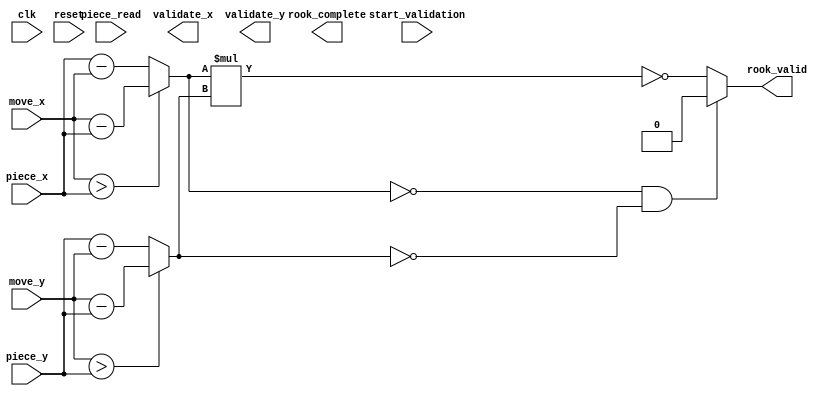
 module validator_rook (
  input clk,
  input start_validation,
  output reg rook_complete,
  input reset,
  // path info
  input [2:0] piece_x, piece_y,
  input [2:0] move_x, move_y,
  // memory access
  input [3:0] piece_read,

  output reg [2:0] validate_x, validate_y,
  output reg rook_valid // result
  );

  // memory access signal
  reg validate_path, start_path_check;
  wire path_validated;

  wire [2:0] x_dis, y_dis, product_dis, move_dir_is_x, distance;
  assign x_dis = (move_x > piece_x) ? (move_x - piece_x) : (piece_x - move_x);
  assign y_dis = (move_y > piece_y) ? (move_y - piece_y) : (piece_y - move_y);
  assign product_dis = x_dis * y_dis;
  assign move_dir_is_x = (x_dis == 3'b0) ? 1'b0 : 1'b1;
  assign distance = (x_dis == 3'b0) ? y_dis : x_dis;

  always @ ( * ) begin
    // staying in original position is not allowed
    if((x_dis == 3'd0) && (y_dis == 3'd0)) begin
      rook_valid = 1'b0;
    end
    else begin
      rook_valid = (product_dis == 3'd0);
    end
  end
//   reg [2:0] current_state, next_state;
//   localparam  S_CHECK_MOVE = 3'd0,
//               S_CHECK_PATH = 3'd1,
//               S_OUTPUT_RESULT = 3'd2,
//               S_WAIT_FOR_MEMORY = 3'd3;
//
//   // state_table
//   // need to garantte that during the validation
//   // the module always has the memory access right
//   always @ ( * ) begin
//     case (current_state)
//       S_WAIT_FOR_MEMORY:
//         next_state = start_validation ? S_CHECK_MOVE : S_WAIT_FOR_MEMORY;
//       S_CHECK_MOVE:
//         next_state = validate_path ? S_OUTPUT_RESULT : S_CHECK_PATH;
//       S_CHECK_PATH:
//         next_state = path_validated ? S_OUTPUT_RESULT : S_CHECK_PATH;
//       S_OUTPUT_RESULT:
//         next_state = S_WAIT_FOR_MEMORY;
//       default: next_state = S_WAIT_FOR_MEMORY;
//     endcase
//   end
//
//   always @ ( posedge clk ) begin
//     if(reset)
//       current_state <= S_WAIT_FOR_MEMORY;
//     else
//       current_state <= next_state;
// //    $display("-----------------------------------------");
// //    $display("[RookValidator] Current state is state[%d]", next_state);
//   end
//
//   // setting signals
//   always @ ( * ) begin
//     start_path_check = 1'b0;
//     rook_complete = 1'b0;
//     case (current_state)
//       S_CHECK_PATH: begin
//         start_path_check = 1'b1;
//       end
//       S_OUTPUT_RESULT: begin
//         rook_complete = 1'b1;
//       end
//     endcase
//   end
//
//   always @ ( * ) begin
//     if((x_dis == 3'd0) && (y_dis == 3'd0)) begin
//       validate_path = 1'b0;
//     end
//     else begin
//       if(product_dis == 3'd0) validate_path = 1'b1;
//       else validate_path = 1'b0;
//     end
//   end
//
//   // test path
//   // no other piece should appear on the path
//   // between origin position and destination
//   reg [2:0] path_counter;
//   reg impedance_found;
//   // loop control
//   assign path_validated = (path_counter == (distance - 1));
//   always @ ( posedge clk ) begin
//     if(start_path_check)
//       path_counter <= 3'b0;
//     else
//       path_counter <= path_counter + 1;
// //    $display("[path_counter] %d", path_counter);
// //    $display("[validate_box] x:%d, y:%d there is %d in the square", validate_x, validate_y, piece_read);
//   end
//
//   // access memory
//   always @ ( * ) begin
//     if(move_dir_is_x) begin
//       if(move_x > piece_x) validate_x = piece_x + path_counter;
//       else validate_x = piece_x - path_counter;
//       validate_y = piece_y;
//     end
//     else begin
//       if(move_y > piece_y) validate_y = piece_y + path_counter;
//       else validate_y = piece_y - path_counter;
//       validate_x = piece_x;
//     end
//   end
//
//   always @ ( posedge clk ) begin
//     if(piece_read == 3'b0)
//       impedance_found <= 1'b1;
//     if(validate_path)
//       impedance_found <= 1'b0;
// //    $display("[Validate]impedance_found: %b", impedance_found);
//   end
//
//   //result loading
//   always @ ( posedge clk ) begin
//     if(validate_path) begin
//       if(impedance_found) rook_valid <= 1'b0;
//       else rook_valid <= 1'b1;
//     end
//     else begin
//       rook_valid <= 1'b0;
//     end
//   end
endmodule // validator_rook